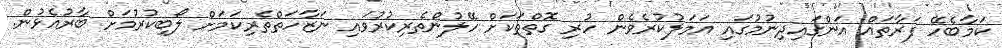
ކަމާބެހޭ ފަރާތައް އަންގައިދިނުމުގައި އަމަލުކުރެވެން ހުރި ގޮތްތަކަށް ހޭލުންތެރިކުރުވައި ނަޒާހަތްތެރިކަމަށް ލޯބިކުރުމަށް ބާރުއެޅުން.